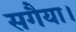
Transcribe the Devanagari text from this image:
सगैया।